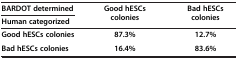
<table><thead><tr><td><b>BARDOT determined</b></td><td rowspan="2"><b>Good hESCs colonies</b></td><td rowspan="2"><b>Bad hESCs colonies</b></td></tr><tr><td><b>Human categorized</b></td></tr></thead><tbody><tr><td><b>Good hESCs colonies</b></td><td><b>87.3%</b></td><td><b>12.7%</b></td></tr><tr><td><b>Bad hESCs colonies</b></td><td><b>16.4%</b></td><td><b>83.6%</b></td></tr></tbody></table>